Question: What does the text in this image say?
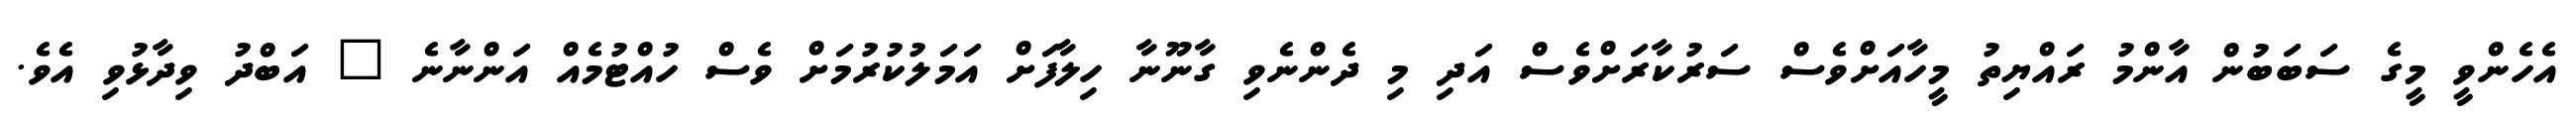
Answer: އެހެންވީ މީގެ ސަބަބުން އާންމު ރައްޔިތު މީހާއަށްވެސް ސަރުކާރަށްވެސް އަދި މި ދެންނެވި ގާނޫނާ ހިލާފަށް އަމަލުކުރުމަށް ވެސް ހުއްޓުމެއް އަންނާނެ " އަބްދު ވިދާޅުވި އެވެ.